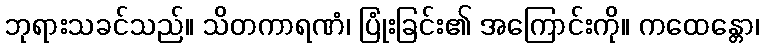
ဘုရားသခင်သည်။ သိတကာရဏံ၊ ပြုံးခြင်း၏ အကြောင်းကို။ ကထေန္တော၊